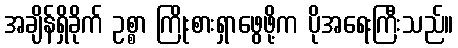
အချိန်ရှိခိုက် ဥစ္စာ ကြိုးစားရှာဖွေဖို့က ပိုအရေးကြီးသည်။